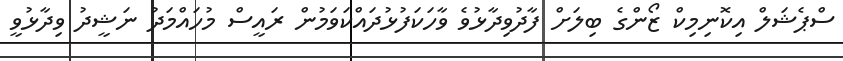
ސްޕެޝަލް އިކޮނިމިކް ޒޯންގެ ބިލަށް ފާދުވިދާޅުވެ ވާހަކަފުޅުދައްކަވަމުން ރައީސް މުހައްމަދު ނަޝީދު ވިދާޅުވީ